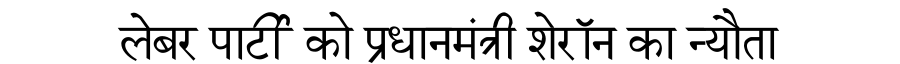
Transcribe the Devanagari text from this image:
लेबर पार्टी को प्रधानमंत्री शेरॉन का न्यौता